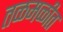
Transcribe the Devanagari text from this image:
तळमळीत